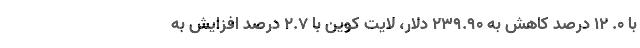
با ۰. ۱۲ درصد کاهش به ۲۳۹.۹۰ دلار، لایت کوین با ۲.۷ درصد افزایش به